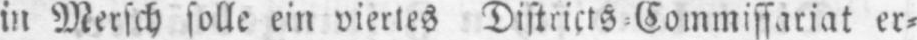
in Mersch solle ein viertes Districts⸗Commissariat er⸗